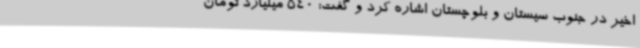
اخیر در جنوب سیستان و بلوچستان اشاره کرد و گفت: 540 میلیارد تومان